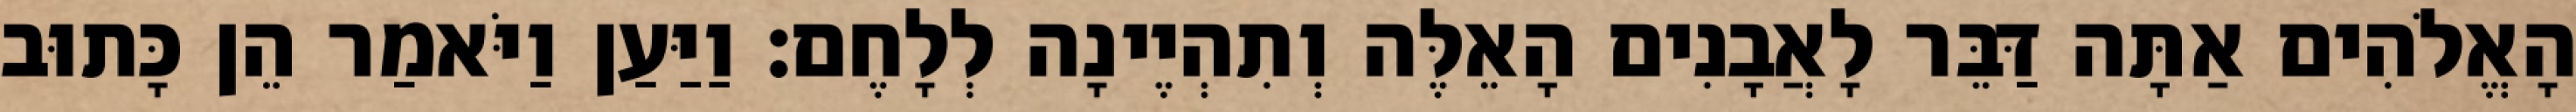
הָאֱלֹהִים אַתָּה דַּבֵּר לָאֲבָנִים הָאֵלֶּה וְתִהְיֶינָה לְלָחֶם׃ וַיַּעַן וַיֹּאמַר הֵן כָּתוּב